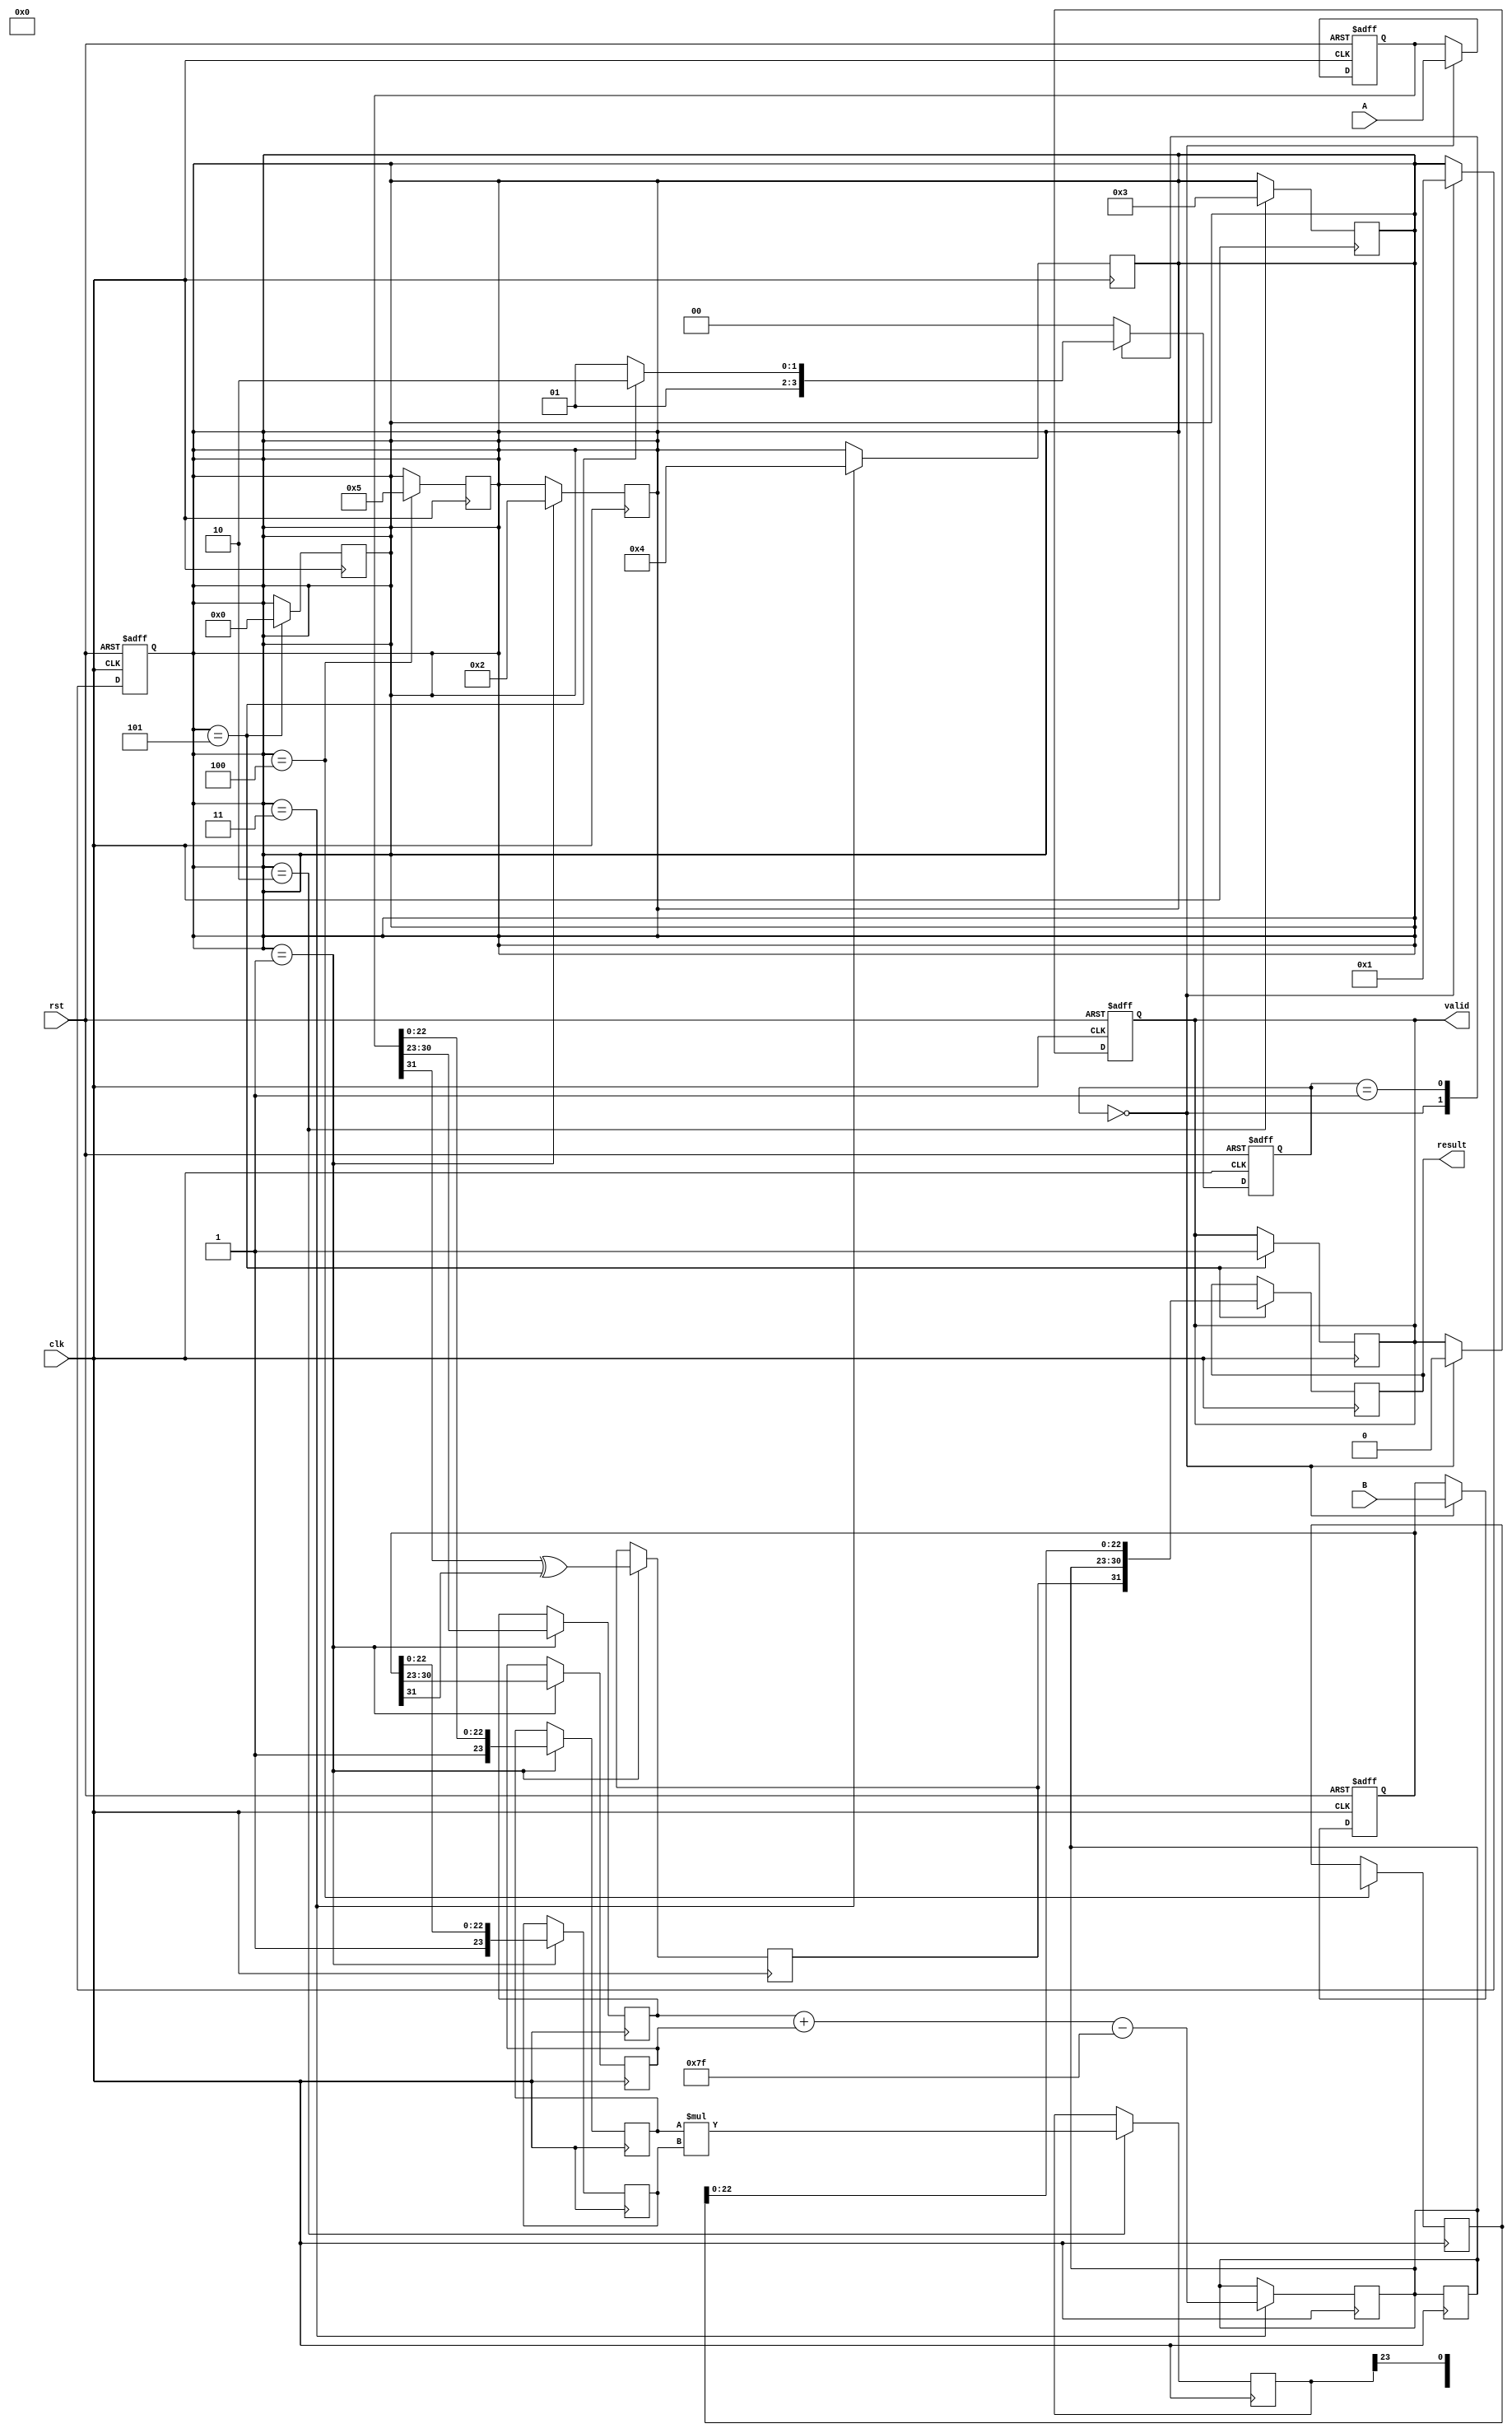
module pipelined_fp_multiplier (
    input wire clk,
    input wire rst,
    input wire [31:0] A,  // Input A (IEEE 754 single precision)
    input wire [31:0] B,  // Input B (IEEE 754 single precision)
    output reg [31:0] result, // Output result (IEEE 754 single precision)
    output reg valid // Signal indicating valid output
);

    // Constants
    localparam BIAS = 127;
    localparam STAGE_COUNT = 6;

    // Pipeline registers
    reg [31:0] A_reg, B_reg; // Stage 1
    reg [1:0] sign;          // Stage 2
    reg [7:0] expA, expB, exp_result; // Stage 4
    reg [47:0] mantissa_result; // Stage 3 (48 bits for multiplication)
    reg [23:0] mantissaA, mantissaB; // Stage 2
    reg [23:0] mantissa_mult; // Stage 3
    reg [5:0] stage; // Pipeline stage tracking
    reg [1:0] state; // FSM state
    reg [1:0] next_state; // FSM next state

    // FSM States
    localparam IDLE = 2'b00;
    localparam PROCESS = 2'b01;
    localparam OUTPUT = 2'b10;

    // Stage 1: Input Register
    always @(posedge clk or posedge rst) begin
        if (rst) begin
            A_reg <= 0;
            B_reg <= 0;
            valid <= 0;
            stage <= 0;
        end else begin
            if (state == IDLE) begin
                A_reg <= A;
                B_reg <= B;
                valid <= 0;
                stage <= 1;
            end
        end
    end

    // Stage 2: Decomposition
    always @(posedge clk) begin
        if (stage == 1) begin
            sign[1] <= A_reg[31] ^ B_reg[31]; // Result sign
            expA <= A_reg[30:23]; // Exponent A
            expB <= B_reg[30:23]; // Exponent B
            mantissaA <= {1'b1, A_reg[22:0]}; // Add implicit leading 1
            mantissaB <= {1'b1, B_reg[22:0]}; // Add implicit leading 1
            stage <= 2;
        end
    end

    // Stage 3: Mantissa Multiplication
    always @(posedge clk) begin
        if (stage == 2) begin
            mantissa_mult <= mantissaA * mantissaB; // Multiply mantissas
            stage <= 3;
        end
    end

    // Stage 4: Exponent Calculation
    always @(posedge clk) begin
        if (stage == 3) begin
            exp_result <= expA + expB - BIAS; // Exponent calculation
            stage <= 4;
        end
    end

    // Stage 5: Normalization
    always @(posedge clk) begin
        if (stage == 4) begin
            // Check for normalization
            if (mantissa_mult[47]) begin
                mantissa_result <= mantissa_mult[46:24]; // Normalized
                exp_result <= exp_result + 1;
            end else begin
                mantissa_result <= mantissa_mult[45:23]; // Shift right
            end
            stage <= 5;
        end
    end

    // Stage 6: Output Register
    always @(posedge clk) begin
        if (stage == 5) begin
            result <= {sign[1], exp_result[7:0], mantissa_result[22:0]}; // Combine to result
            valid <= 1; // Indicate valid output
            stage <= 0; // Reset stage for next operation
        end
    end

    // FSM for controlling the pipeline
    always @(posedge clk or posedge rst) begin
        if (rst) begin
            state <= IDLE;
        end else begin
            state <= next_state;
        end
    end

    always @(*) begin
        case (state)
            IDLE: next_state = PROCESS;
            PROCESS: next_state = (stage == 5) ? OUTPUT : PROCESS;
            OUTPUT: next_state = IDLE;
            default: next_state = IDLE;
        endcase
    end

endmodule